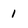
Character: 1